Report of the King Institute of Preventive Medicine, Guindy
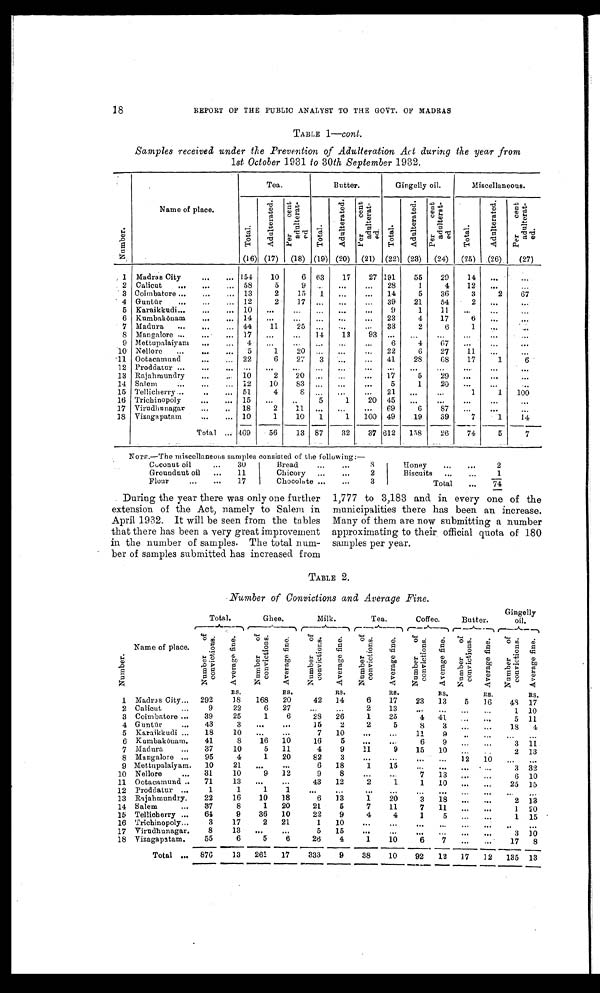
18
REPORT OF THE PUBLIC ANALYST TO THE GOVT. OF MADRAS
TABLE 1—cont.
Samples received under the Prevention of Adulteration Act during the year from
1
st October 1931 to 30 th September 1932.
Number .
Name of place.
Tea.
Butter.
Gingelly oil.
Miscellaneous.
Total.
Adul t e r a t e d.
P e r c e n t a d u l t e r a t - e d .
Tot al .
Adulterated.
P e r c e n t a d u l t e r a t - e d .
To t a l .
Adul t e r a t e d.
P e r c e n t a d u l t e r a t - e d
Total.
Adulterated.
Per cent adulterat-ed
(16) (17)
(18) (19) (20)
(21) (22) (23)
(24)
(25)
(26)
(27)
1 Madras City . . .
154
10
6 63
17
27 191
55
29
14
. . .
. . .
2 Calicut . . .
58
5
9
. . .
. . .
. . . 28
1
4
12
. . .
. . .
3 Coimbatore . . .
13
2
15
1
. . .
. . . 14
5
36
3
2
67
4 Guntūr . . .
12
2
17
. . .
. . .
. . . 39
21
54
2
. . .
. . .
5 Karaikkudi . . .
10
. . .
. . .
. . .
. . .
. . . 9
1
11
. . .
. . .
. . .
6 Kumbakō nam . . .
14
. . .
. . .
. . .
. . .
. . . 23
4
17
6
. . .
. . .
7 Madura . . .
44
11
25
. . .
. . .
. . . 33
2
6
1
. . .
. . .
8 Mangalore . . .
17
. . .
. . .
14
13
93
. . .
. . .
. . .
. . .
. . .
. . .
9 Mettupalaiyam . . .
4
. . .
. . .
. . .
. . .
. . .
6
4
67
. . .
. . .
. . .
10 Nellore . . .
5
1
20
. . .
. . .
. . . 22
6
27
11
. . .
. . .
11 Ootacamund . . .
22
6
27
3
. . .
. . . 41
28
68
17
1
6
1 2 Proddatur . . .
. . .
. . .
. . .
. . .
. . . . . .
. . .
. . .
. . .
. . .
. . .
. . .
13 Rajahmundry . . .
10
2
20
. . .
. . .
. . . 17
5
29
. . .
. . .
. . .
14 Salem . . .
12
10
83
. . .
. . .
. . .
5
1
20
. . .
. . .
. . .
15 Tellicherry . . .
51
4
8
. . .
. . . . . .
2 1
. . .
. . .
1
1
100
16 T r i c h i n o p o l y . . .
1 5
. . .
. . . 5
1
20 45
. . .
. . .
. . .
. . .
. . .
17 Virudhunagar . . .
18
2
11
. . .
. . .
. . . 69
6
87
. . .
. . .
. . .
18 Vizagapatam . . .
10
1
10
1
1
100 49
19
39
7
1
14
Total . . . 469
56
13 87
32
37 612
158
26
74
5
7
NOTE.—The miscellaneons samples consisted of the following:—
Coconut oil . . .
30
Groundnut oil . . .
11
Flour . . .
17
Bread . . .
8
Chicory . . .
2
Chocolate . . .
3
Honey . . .
2
Biscuits . . .
1
Total . . .
74
During the year there was only one further
extension of the Act, namely to Salem in
April 1932. It will be seen from the tables
that there has been a very great improvement
in the number of samples. The total num
-ber of samples submitted has increased from
1,777 to 3,183 and in every one of the
municipalities there has been an increase.
Many of them are now submitting a number
approximating to their official quota of 180
samples per year.
TABLE 2.
Number of Convictions and Average Fine.
N u m b e r .
Name of place.
Total.
Ghee.
Milk.
Tea.
Coffee.
Butter.
Gingelly
oil.
N u m b e r o f c o n v i c t i o n s .
A v e r a g e f i n e .
N u m b e r o f c o n v i c t i o n s .
A v e r a g e f i n e .
N u m b e r o f c o n v i c t i o n s .
A v e r a g e f i n e .
N u m b e r o f c o n v i c t i o n s .
A v e r a g e f i n e .
N u m b e r o f c o n v i c t i o n s .
A v e r a g e f i n e .
N u m b e r o f c o n v i c t i o n s .
A v e r a g e f i n e .
N u m b e r o f c o n v i c t i o n s .
A v e r a g e f i n e .
R s .
RS.
RS.
RS.
RS.
RS.
RS.
1 Madras City . . . 292
1 8 168
20
42
6
23
5
48
14
17
13
16
17
2 Calicut . . .
9
22
6
27
. . .
. . .
2
13
. . .
. . .
. . .
1 10
. . .
3 Coimbatore . . .
39
25
1
6
28
26
1
25
4
41
. . .
5 11
. . .
4 Guntūr . . .
43
3
. . .
. . .
15
2
2
5
8
3
. . .
18
4
. . .
5 Karaikkudi . . .
18
10
. . .
. . .
7
10
. . .
. . .
11
9
. . .
. . .
. . .
. . .
6 Kumbakō nam.
41
8
16
10
16
5
. . .
. . .
6
9
. . .
. . .
3 11
7 Madura . . .
37
10
5
11
4
9
11
9
15
10
. . .
2 13
. . .
8 Mangalore ...
95
4
1
20
82
3
. . .
. . .
. . .
. . .
12
10
. . .
. . .
9 Mettupalaiyam.
10
21
. . .
. . .
6
18
1
1 5
. . .
. . .
. . .
. . .
3 32
31
10
10 Nellore
...
9
12
9
8
. . .
. . .
7
13
. . .
. . .
6 10
11 Ootacamund . . .
71
13
. . .
. . .
43
12
2
1
1
10
. . .
. . .
25 15
12 Prodclatur . . .
1
1
1
1
. . .
. . .
. . .
. . .
. . .
. . .
. . .
. . .
. . .
. . .
13 Rajahmundry.
22
16
10
18
6
13
1
20
3
18
. . .
. . .
2
13
37
8
1
20
14 Salem . . .
21
5
7
11
7
11
. . .
. . .
1
20
15 Tellicherry . . .
64
9
36
10
22
9
4
4
1
5
. . .
. . .
1 15
16 Trichinopoly . . .
3
17
2
21
1
1 0
. . .
. . .
. . .
. . .
. . .
. . .
. . . . . .
17 Virudhunagar.
8
13
. . .
. . .
5
1 5
. . .
. . .
. . .
. . .
. . .
. . .
3 10
18 Vizagapatam.
55
6
5
6
26
4
1
10
6
7
. . .
1 7
. . .
8
Total . . .
876
13
261
17
333
9
38
10
92
12
17
12
135 13